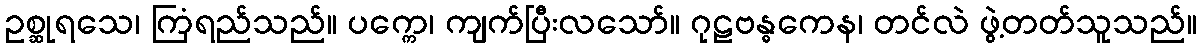
ဥစ္ဆုရသေ၊ ကြံရည်သည်။ ပက္ကေ၊ ကျက်ပြီးလသော်။ ဂုဠဗန္ဓကေန၊ တင်လဲ ဖွဲ့တတ်သူသည်။